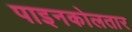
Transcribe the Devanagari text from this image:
पाइनकोलतार